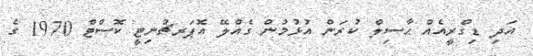
އަދި ޑިގްރީއެއް ޙާސިލް ކުރަން އުޅުމުން ގެއްލޭ އޮޕަރޗުނިޓީ ކޮސްޓް 1970 ގެ